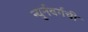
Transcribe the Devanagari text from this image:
न्युर्नबर्गची